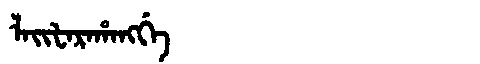
Manchu: ᠯᠠᡳᡶᠠᡵᠠᡥᠠᠩᡤᡝ
Romanization: LAIFARAHANGGE